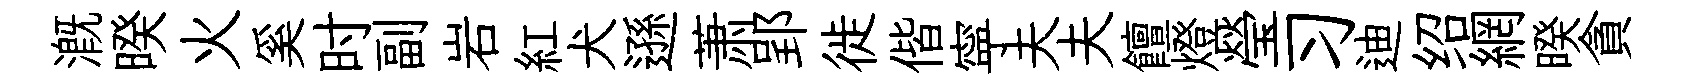
溉暌火奚时副岩紅犬遜萧郢徙偕寜夫夫饘燈瑩习迪绍網暌貪